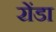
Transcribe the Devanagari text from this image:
रोंडा